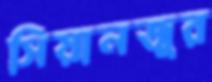
সিয়ানজুর